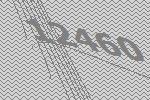
12460